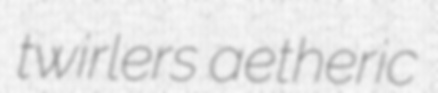
twirlers aetheric